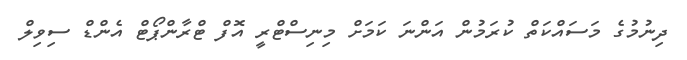
ދިނުމުގެ މަސައްކަތް ކުރަމުން އަންނަ ކަމަށް މިނިސްޓްރީ އޮފް ޓްރާންޕޯޓް އެންޑް ސިވިލް